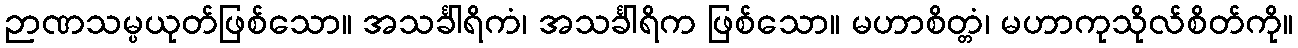
ဉာဏသမ္ပယုတ်ဖြစ်သော။ အသင်္ခါရိကံ၊ အသင်္ခါရိက ဖြစ်သော။ မဟာစိတ္တံ၊ မဟာကုသိုလ်စိတ်ကို။